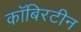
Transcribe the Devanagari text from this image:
कॉबिरटीन